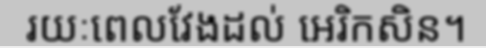
រយៈពេលវែងដល់ អេរិកសិន។